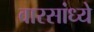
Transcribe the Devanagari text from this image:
वारसांध्ये